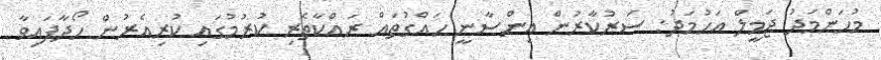
މުހަންމަދު ޖަމީލް އަހުމަދު: ސަރުކާރުން އިންސާނީ ހައްގުތައް ރައްކާތެރި ކުރުމުގައި ކުރިއެރުން ހޯދާފައިވާ